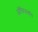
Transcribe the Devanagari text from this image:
ऑफिसबॉय